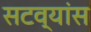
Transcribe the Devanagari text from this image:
सटव्यांस